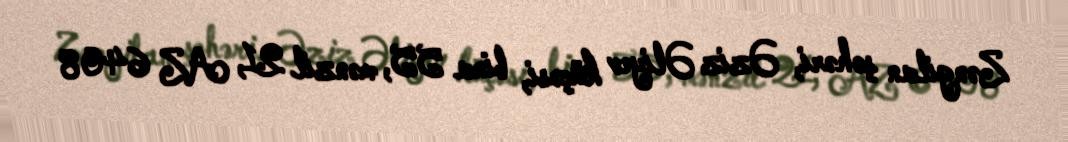
Zəngilan şəhəri, Əziz Əliyev küçəsi, bina 55, mənzil 21, AZ 6408